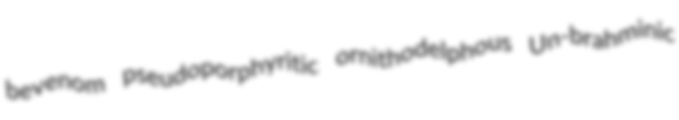
bevenom pseudoporphyritic ornithodelphous Un-brahminic